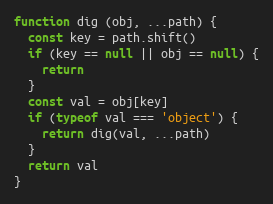
Language: JavaScript
function dig (obj, ...path) {
  const key = path.shift()
  if (key == null || obj == null) {
    return
  }
  const val = obj[key]
  if (typeof val === 'object') {
    return dig(val, ...path)
  }
  return val
}